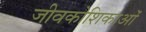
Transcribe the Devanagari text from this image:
जीवकोशिकाओं